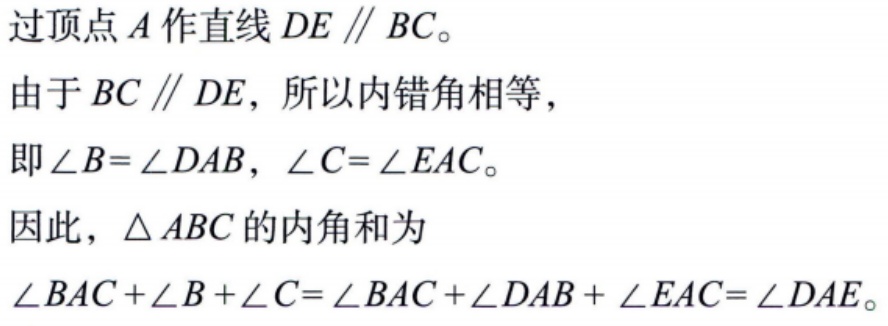
过顶点\(A\)作直线\(DE \parallel BC\)。
由于\(BC \parallel DE\)，所以内错角相等，
即\(\angle B = \angle DAB\)，\(\angle C = \angle EAC\)。
因此，\(\triangle ABC\)的内角和为
\(\angle BAC+\angle B+\angle C=\angle BAC+\angle DAB + \angle EAC=\angle DAE\)。